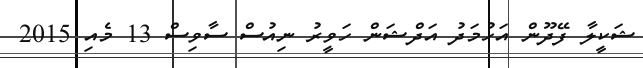
ޝަކީލާ ފޭދޫން އަހުމަދު އަދްޝަން ހަވީރު ނިއުސް ސާވިސް 13 މެއި 2015